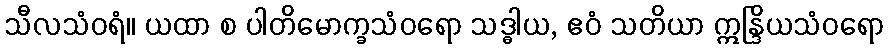
သီလသံဝရံ။ ယထာ စ ပါတိမောက္ခသံဝရော သဒ္ဓါယ, ဧဝံ သတိယာ ဣန္ဒြိယသံဝရော